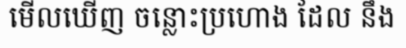
មើលឃើញ ចន្លោះប្រហោង ដែល នឹង